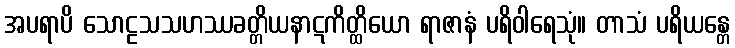
အပရာပိ သောဠသသဟဿခတ္တိယနာဋကိတ္ထိယော ရာဇာနံ ပရိဝါရေသုံ။ တာသံ ပရိယန္တေ